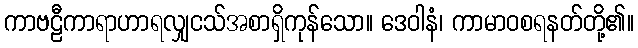
ကာဗဠီကာရာဟာရလျှငသ်အစာရှိကုန်သော။ ဒေဝါနံ၊ ကာမာဝစရနတ်တို့၏။